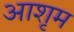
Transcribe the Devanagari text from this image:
आशृम